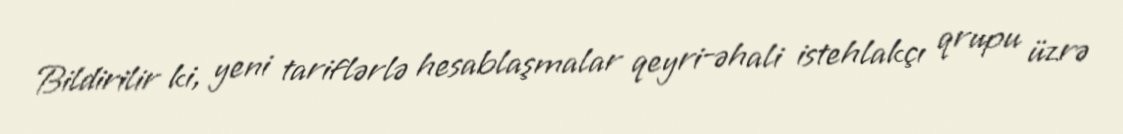
Bildirilir ki, yeni tariflərlə hesablaşmalar qeyri-əhali istehlakçı qrupu üzrə